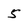
Character: 5